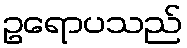
ဥရောပသည်